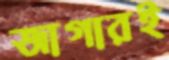
জাগারই